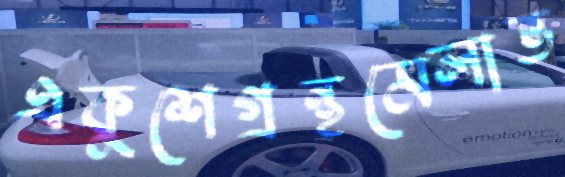
একুশেগ্রন্থমেলাভ